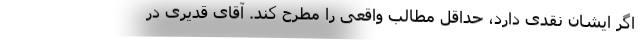
اگر ایشان نقدی دارد، حداقل مطالب واقعی را مطرح کند. آقای قدیری در